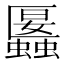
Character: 𧓱